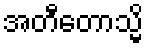
အတီတောသ္မိ